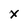
Character: x